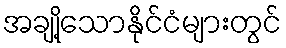
အချို့သောနိုင်ငံများတွင်